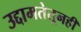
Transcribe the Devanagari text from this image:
उद्दामतेतूनही